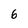
Character: 6